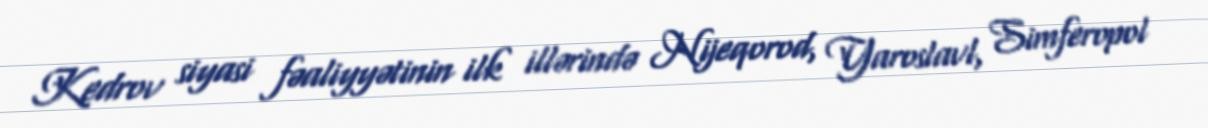
Kedrov siyasi fəaliyyətinin ilk illərində Nijeqorod, Yaroslavl, Simferopol